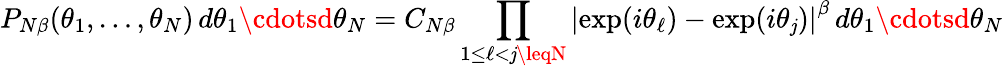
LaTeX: P_{N\beta}(\theta_{1},\ldots,\theta_{N})\, d\theta_{1}\cdotsd\theta_{N}=C_{N\beta}\prod_{1\leq\ell<\mathit{j}\leqN}\left\vert\exp(i\theta_{\ell})-\exp(i\theta_{\mathit{j}})\right\vert^{\beta}\, d\theta_{1}\cdotsd\theta_{N}